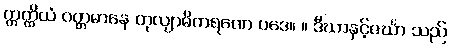
ဣတ္ထိယံ ဝတ္တမာနေ တုလျာဓိကရဏေ ပဒေ။ ။ ဒီဃာနှင့်ဇင်္ဃာ သည်